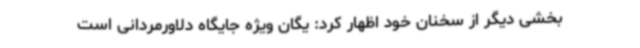
بخشی دیگر از سخنان خود اظهار کرد: یگان ویژه جایگاه دلاورمردانی است